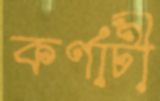
কর্ণাটী